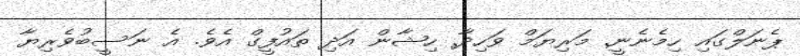
ޕެނަލްގައި ހިމެނެނީ